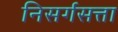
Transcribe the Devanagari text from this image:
निसर्गसत्ता